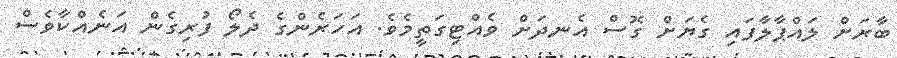
ބާރަށް ލައްޕާލާފައި ގެޔަށް ގޮސް އެނދަށް ވެއްޓިގަތީމެވެ. އަހަރެންގެ ދެލޯ ފުރިގެން އަނެއްކާވެސް